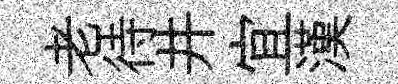
老待井宜漢